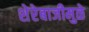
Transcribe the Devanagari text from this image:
शेरेबाजीमुळे